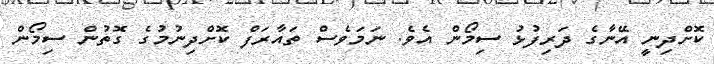
ކޮށްދިނީ އޭނާގެ ދަރިފުޅު ސިމޯން އެވެ. ނަމަވެސް ތައާރަފް ކޮށްދިނުމުގެ ގޮތުން ސިމޯން